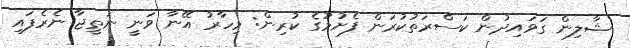
ޝާލިން ގަވައިދުން ކަސްރަތުކުރަން ފެށުމުގެ ކުރިން: މިހާރު އޭނާ ވަނީ ނަތީޖާ ނެރެފައި